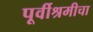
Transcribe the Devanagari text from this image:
पूर्वीश्रमीचा